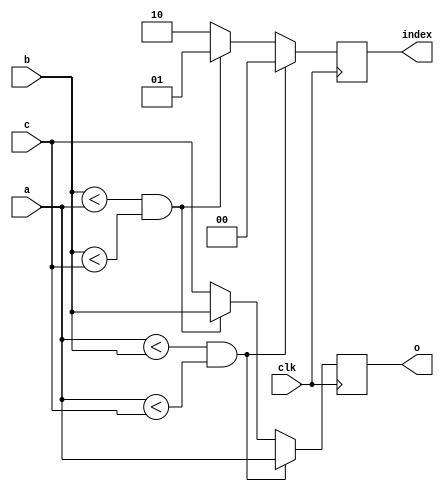
`timescale 1ns / 1ps
//////////////////////////////////////////////////////////////////////////////////
// Company: 
// 
// Design Name: 
// Module Name:    min 
// Project Name: 
// Target Devices: 
// Tool versions: 
// Description: 
//
// Dependencies: 
//
// Revision: 
// Revision 0.01 - File Created
// Additional Comments: 
//
//////////////////////////////////////////////////////////////////////////////////
module min(
	 input clk,

    input [9:0] a,
    input [9:0] b,
    input [9:0] c,
    output [9:0] o,
	 output [1:0] index
    );
reg [9:0] val;
reg [1:0] i;
always @(posedge clk)

	begin
	if (a < b && a < c)
	begin
		val = a;
		i = 0;
	end
	else if(b < a && b < c)
	begin
		val = b;
		i = 1;
	end
	else
	begin
		val = c;
		i = 2;
	end
end
assign index = i;
assign o = val;
endmodule